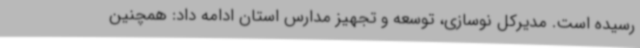
رسیده است. مدیرکل نوسازی، توسعه و تجهیز مدارس استان ادامه داد: همچنین